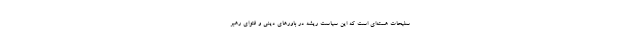
سلیحات هسته‌ای است که این سیاست ریشه در باورهای دینی و فتوای رهبر